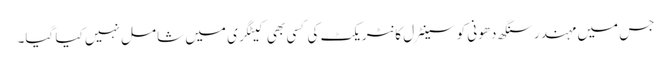
جس میں مہندرسنگھ دھونی کو سینٹرل کانٹریکٹ کی کسی بھی کیٹگری میں شامل نہیں کیا گیا۔